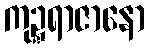
ကုဍ္ဍရာဇာနော